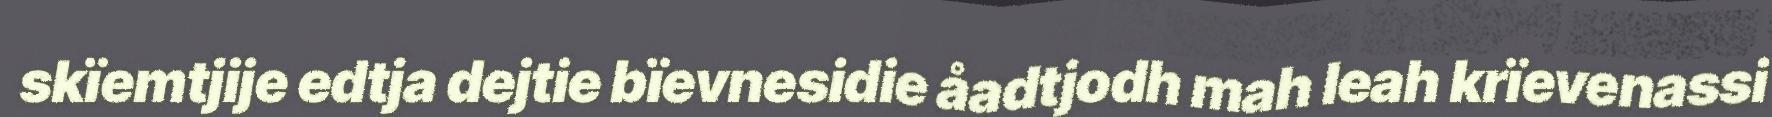
skïemtjije edtja dejtie bïevnesidie åadtjodh mah leah krïevenassi